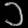
Digit: ၁